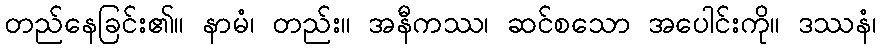
တည်နေခြင်း၏။ နာမံ၊ တည်း။ အနီကဿ၊ ဆင်စသော အပေါင်းကို။ ဒဿနံ၊